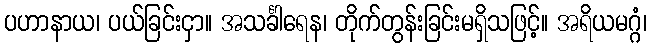
ပဟာနာယ၊ ပယ်ခြင်းငှာ။ အသင်္ခါရေန၊ တိုက်တွန်းခြင်းမရှိသဖြင့်။ အရိယမဂ္ဂံ၊